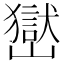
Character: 𡽺